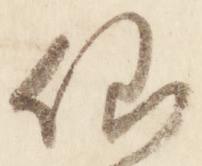
仙